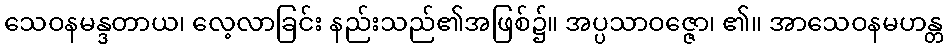
သေဝနမန္ဒတာယ၊ လေ့လာခြင်း နည်းသည်၏အဖြစ်၌။ အပ္ပသာဝဇ္ဇော၊ ၏။ အာသေဝနမဟန္တ